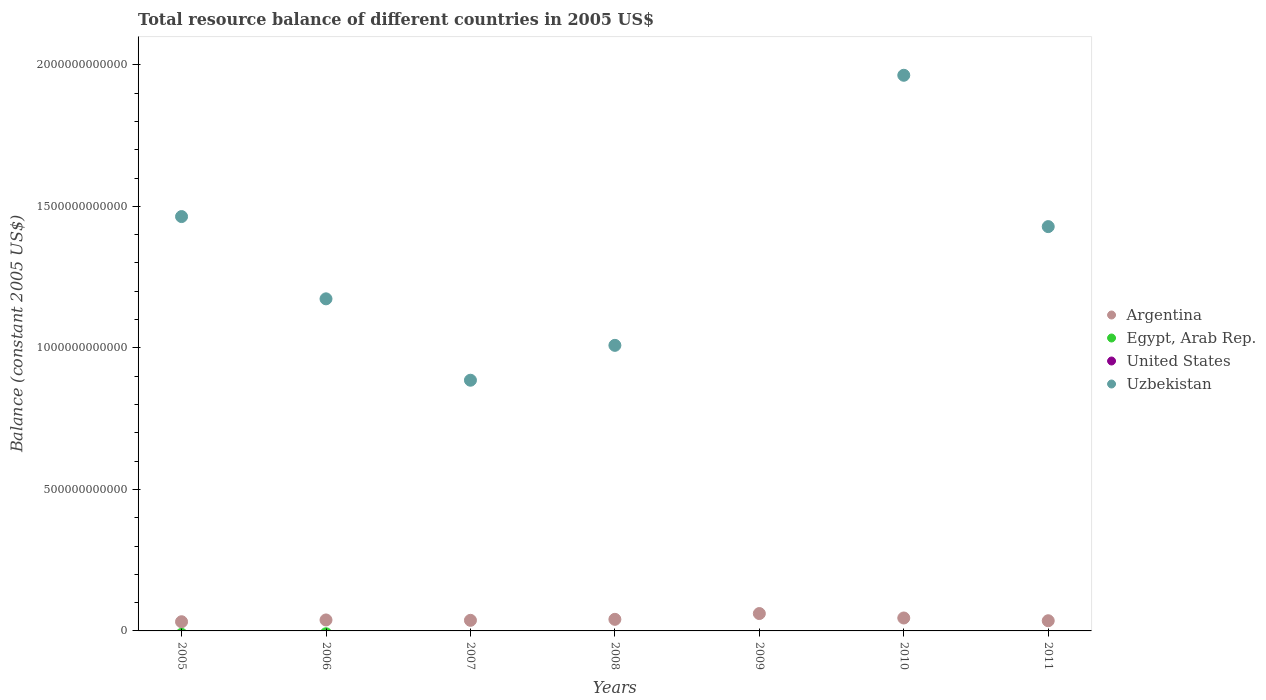
| Years | Argentina | Egypt, Arab Rep. | United States | Uzbekistan |
 | --- | --- | --- | --- | --- |
 | 2005 | 3.24e+10 | -1.22e+10 | -7.21e+11 | 1.46e+12 |
 | 2006 | 3.87e+10 | -1e+10 | -7.71e+11 | 1.17e+12 |
 | 2007 | 3.74e+10 | -3.41e+10 | -7.19e+11 | 8.86e+11 |
 | 2008 | 4.09e+10 | -5.01e+10 | -7.23e+11 | 1.01e+12 |
 | 2009 | 6.14e+10 | -6.92e+10 | -3.95e+11 | -2.72e+10 |
 | 2010 | 4.57e+10 | -6.32e+10 | -5.13e+11 | 1.96e+12 |
 | 2011 | 3.6e+10 | -5.65e+10 | -5.8e+11 | 1.43e+12 |